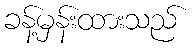
ခန့်မှန်းထားသည်